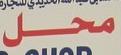
محل